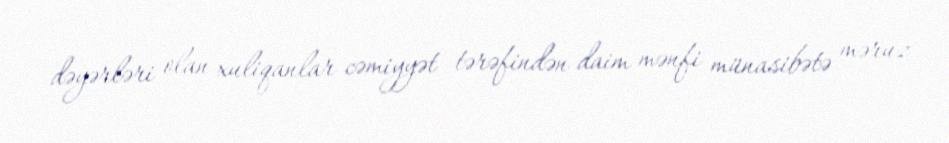
dəyərləri olan xuliqanlar cəmiyyət tərəfindən daim mənfi münasibətə məruz